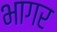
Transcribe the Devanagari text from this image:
भागर